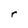
Character: r